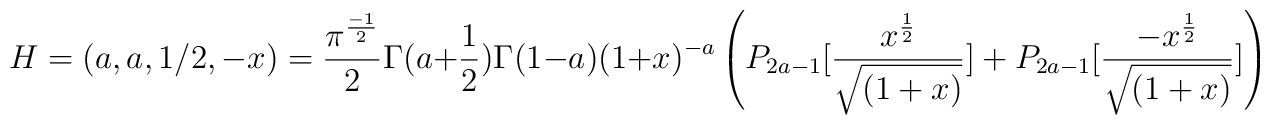
H=(a,a,1/2,-x)={\pi^{{-1\over 2}} \over 2}\Gamma(a+{1\over 2})\Gamma(1-a)(1+x)^{-a}\left( P_{2a-1}[{x^{1\over 2}\over\sqrt{(1+x)}}]+P_{2a-1}[{-x^{1\over2}\over\sqrt{(1+x)}}] \right)